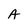
Character: A